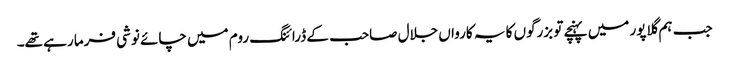
جب ہم گلاپور میں پہنچے تو بزرگوں کا یہ کارواں جلال صاحب کے ڈرائنگ روم میں چائے نوشی فرما رہے تھے۔